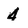
Character: 4